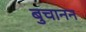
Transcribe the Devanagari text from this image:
बुचानन